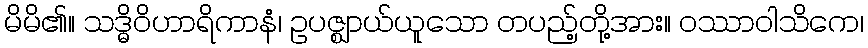
မိမိ၏။ သဒ္ဓိဝိဟာရိကာနံ၊ ဥပဇ္ဈာယ်ယူသော တပည့်တို့အား။ ဝဿာဝါသိကေ၊